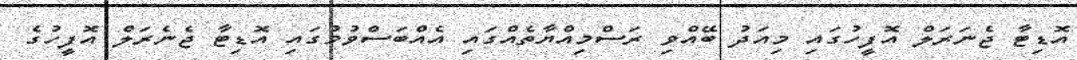
އޮޑިޓާ ޖެނަރަލް އޮފީހުގައި މިއަދު ބޭއްވި ރަސްމިއްޔާތެއްގައި އެއްބަސްވުމުގައި އޮޑިޓާ ޖެނެރަލް އޮފީހުގެ